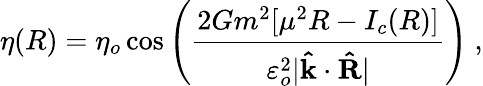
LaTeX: \eta(R)=\eta_{o}\cos\left(\frac{2Gm^{2}[\mu^{2}R-I_{c}(R)]}{\varepsilon_{o}^{2}\vert\mathbf{\hat{k}}\cdot\mathbf{\hat{R}}\vert}\right)\ ,